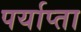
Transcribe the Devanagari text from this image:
पर्याप्ता